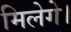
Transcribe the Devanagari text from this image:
मिलेगे।